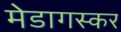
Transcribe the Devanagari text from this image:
मेडागस्कर